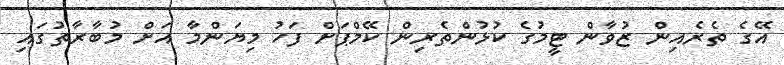
އޭގެ ތެރެއިން ޒުވާން ޓީމުގެ ކުޅުންތެރިން ކޭމްޕަށް ފަހު މިޔަންމާ އަށް މުބާރާތުގައި